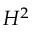
H ^ { 2 }